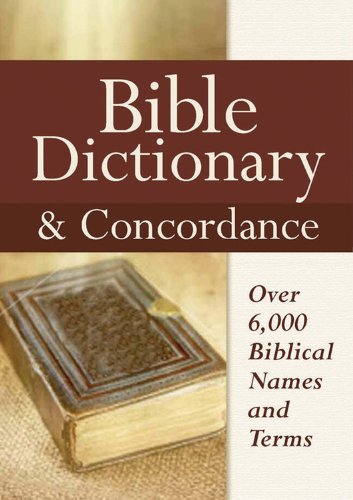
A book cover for Bible Dictionary & Concordance; Castle Books; Reference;